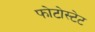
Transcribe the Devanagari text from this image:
फोटोस्टेट